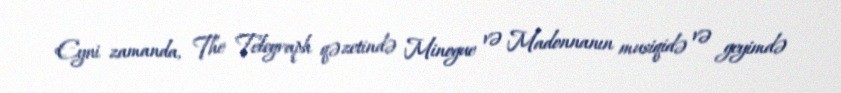
Eyni zamanda, The Telegraph qəzetində Minogue və Madonnanın musiqidə və geyimdə